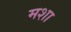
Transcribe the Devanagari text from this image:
मशा